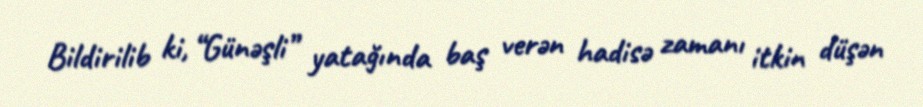
Bildirilib ki, “Günəşli” yatağında baş verən hadisə zamanı itkin düşən